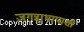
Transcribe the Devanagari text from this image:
जगन्नाथापाशी